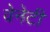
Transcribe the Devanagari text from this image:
वेनेटी